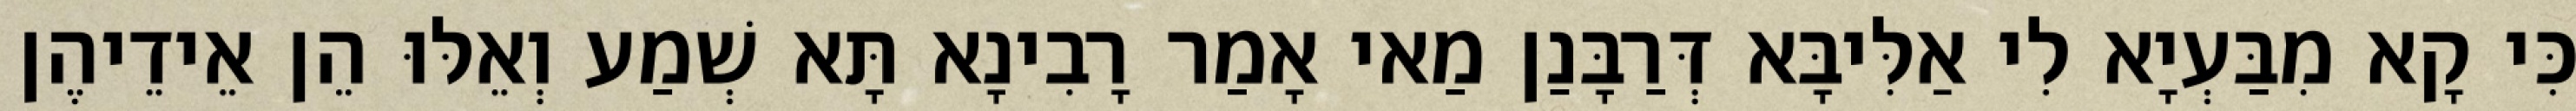
כִּי קָא מִבַּעְיָא לִי אַלִּיבָּא דְּרַבָּנַן מַאי אָמַר רָבִינָא תָּא שְׁמַע וְאֵלּוּ הֵן אֵידֵיהֶן